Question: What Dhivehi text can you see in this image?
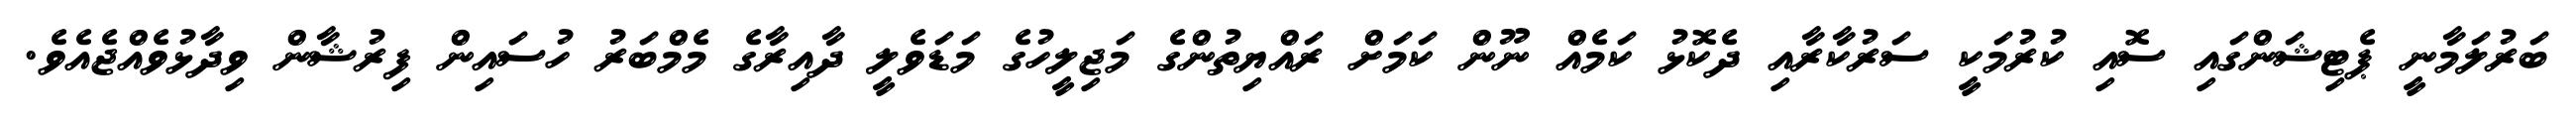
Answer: ބަރުލަމާނީ ޕެޓިޝަންގައި ސޮއި ކުރުމަކީ ސަރުކާރާއި ދެކޮޅު ކަމެއް ނޫން ކަމަށް ރައްޔިތުންގެ މަޖިލީހުގެ މަޑަވެލީ ދާއިރާގެ މެމްބަރު ހުސައިން ފިރުޝާން ވިދާޅުވެއްޖެއެވެ.